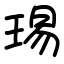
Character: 㻛